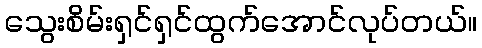
သွေးစိမ်းရှင်ရှင်ထွက်အောင်လုပ်တယ်။